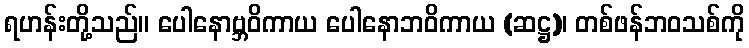
ရဟန်းတို့သည်။ ပေါနောဗ္ဘဝိကာယ ပေါနောဘဝိကာယ (ဆဋ္ဌ)၊ တစ်ဖန်ဘဝသစ်ကို